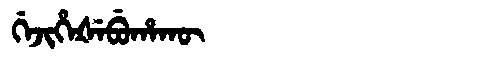
Manchu: ᡤᡝᠵᡳᡥᡝᡧᡝᠪᡠᡥᠠᡴᡡ
Romanization: GEJIHEŠEBUHAKŪ